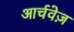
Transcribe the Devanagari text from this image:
आर्चवेज़